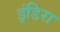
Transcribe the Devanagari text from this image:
इंडिरा